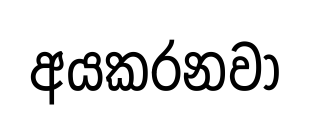
අයකරනවා